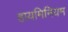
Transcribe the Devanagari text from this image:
हायमिनियम